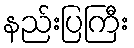
နည်းပြကြီး